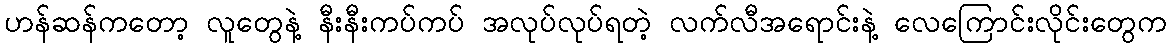
ဟန်ဆန်ကတော့ လူတွေနဲ့ နီးနီးကပ်ကပ် အလုပ်လုပ်ရတဲ့ လက်လီအရောင်းနဲ့ လေကြောင်းလိုင်းတွေက